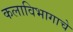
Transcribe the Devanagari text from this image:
कलाविभागाचे